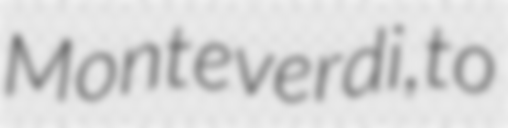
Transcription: Monteverdi, to